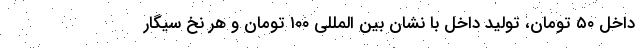
داخل ۵۰ تومان، تولید داخل با نشان بین المللی ۱۰۰ تومان و هر نخ سیگار